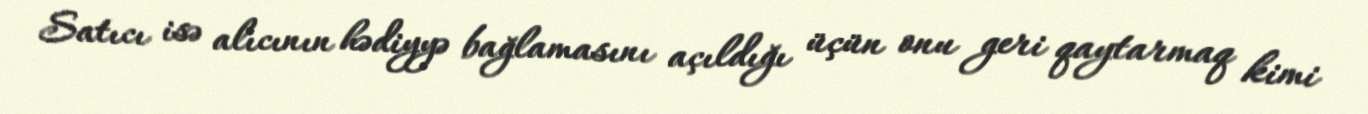
Satıcı isə alıcının hədiyyə bağlamasını açıldığı üçün onu geri qaytarmaq kimi